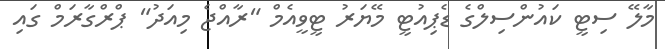
މާލޭ ސިޓީ ކައުންސިލްގެ ޑެޕިއުޓީ މޭޔަރު ޓީވީއެމް "ރާއްޖެ މިއަދު" ޕްރްގާރަމް ގައި